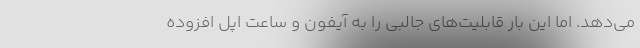
می‌دهد. اما این بار قابلیت‌های جالبی را به آیفون و ساعت اپل افزوده